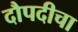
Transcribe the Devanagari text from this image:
दौपदीचा